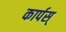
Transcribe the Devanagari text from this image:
कार्पस्